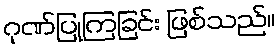
ဂုဏ်ပြုကြခြင်း ဖြစ်သည်။